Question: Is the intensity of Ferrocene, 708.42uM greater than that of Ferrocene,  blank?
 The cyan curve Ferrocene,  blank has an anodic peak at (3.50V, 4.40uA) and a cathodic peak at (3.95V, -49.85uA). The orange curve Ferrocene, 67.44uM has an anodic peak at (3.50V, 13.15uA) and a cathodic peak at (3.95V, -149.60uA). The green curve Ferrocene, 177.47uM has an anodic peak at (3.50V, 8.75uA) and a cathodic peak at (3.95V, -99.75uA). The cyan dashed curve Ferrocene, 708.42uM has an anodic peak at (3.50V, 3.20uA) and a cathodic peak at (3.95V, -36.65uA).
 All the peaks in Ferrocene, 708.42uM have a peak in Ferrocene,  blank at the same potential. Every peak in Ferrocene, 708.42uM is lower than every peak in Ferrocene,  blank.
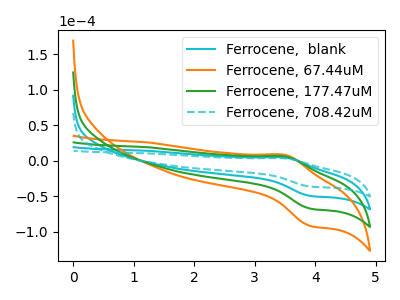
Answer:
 <answer>"Ferrocene, 708.42uM" has less signal than "Ferrocene,  blank".</answer>
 <eval>less_signal</eval>